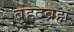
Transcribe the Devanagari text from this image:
बृहद्ब्रह्म